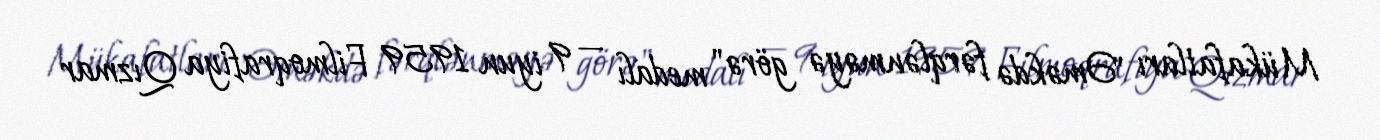
Mükafatları "Əməkdə fərqlənməyə görə" medalı — 9 iyun 1959 Filmoqrafiya Qızmar